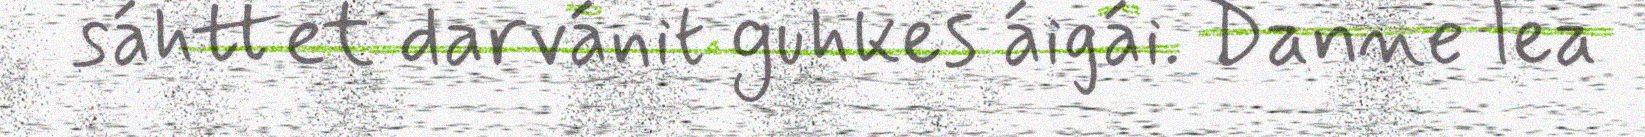
sáhttet darvánit guhkes áigái. Danne lea